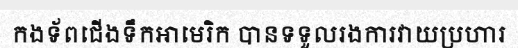
កងទ័ពជើងទឹកអាមេរិក បានទទួលរងការវាយប្រហារ